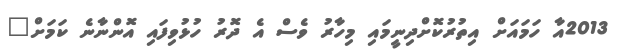
2013އާ ހަމައަށް އިތުރުކޮށްދިނީމައި މިހާރު ވެސް އެ ދޮރު ހުޅުވިފައި އޮންނާނެ ކަމަށް"